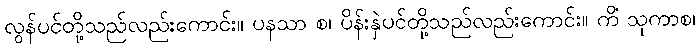
လွန်ပင်တို့သည်လည်းကောင်း။ ပနသာ စ၊ ပိန်းနှဲပင်တို့သည်လည်းကောင်း။ ကိံ သုကာစ၊